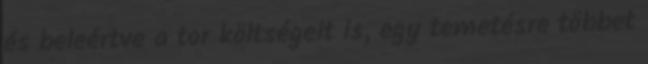
és beleértve a tor költségeit is, egy temetésre többet